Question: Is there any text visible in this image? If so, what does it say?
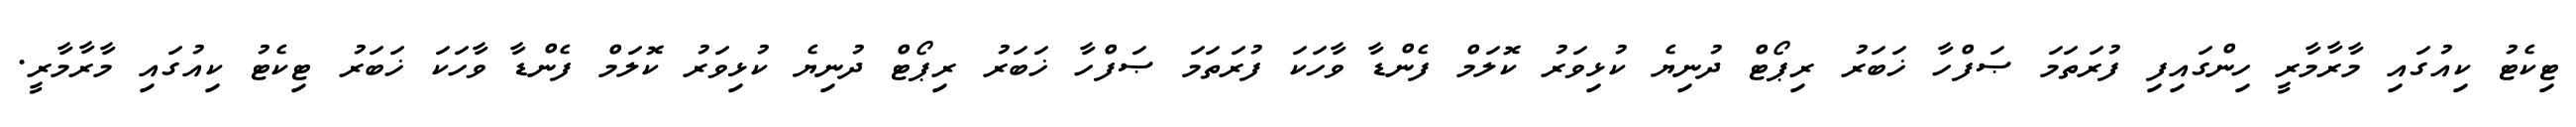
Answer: ޓިކެޓު ކިއުގައި މާރާމާރީ ހިންގައިފި ފުރަތަމަ ޞަފްހާ ޚަބަރު ރިޕޯޓް ދުނިޔެ ކުޅިވަރު ކޮލަމް ފެންޑާ ވާހަކަ ފުރަތަމަ ޞަފްހާ ޚަބަރު ރިޕޯޓް ދުނިޔެ ކުޅިވަރު ކޮލަމް ފެންޑާ ވާހަކަ ޚަބަރު ޓިކެޓު ކިއުގައި މާރާމާރީ.